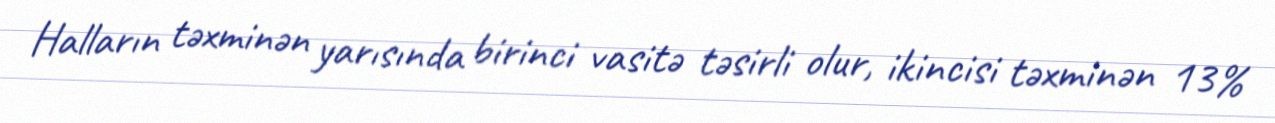
Halların təxminən yarısında birinci vasitə təsirli olur, ikincisi təxminən 13%